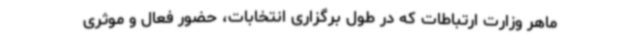
ماهر وزارت ارتباطات که در طول برگزاری انتخابات، حضور فعال و موثری